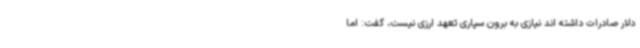
دلار صادرات داشته اند نیازی به برون سپاری تعهد ارزی نیست، گفت: اما